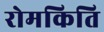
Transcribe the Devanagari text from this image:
रोमकिति